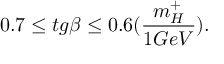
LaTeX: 0 . 7 \leq t g \beta \leq 0 . 6 ( \frac { m _ { H } ^ { + } } { 1 G e V } ) .